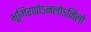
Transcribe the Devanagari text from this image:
भूमिरापोऽनलोऽनिलो